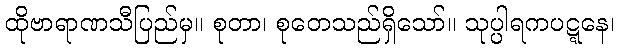
ထိုဗာရာဏသီပြည်မှ။ စုတာ၊ စုတေသည်ရှိသော်။ သုပ္ပါရကပဋ္ဋနေ၊